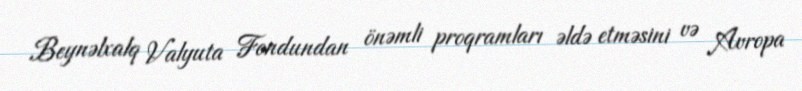
Beynəlxalq Valyuta Fondundan önəmli proqramları əldə etməsini və Avropa